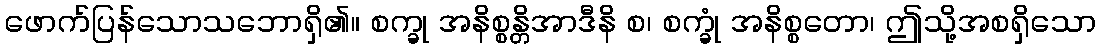
ဖောက်ပြန်သောသဘောရှိ၏။ စက္ခု အနိစ္စန္တိအာဒီနိ စ၊ စက္ခုံ အနိစ္စတော၊ ဤသို့အစရှိသော